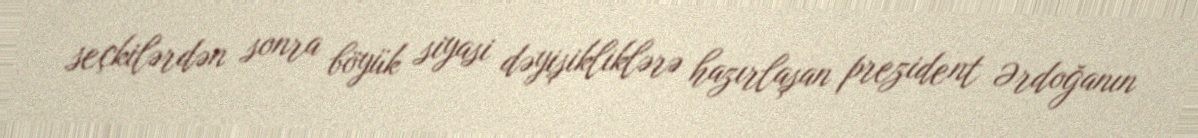
seçkilərdən sonra böyük siyasi dəyişikliklərə hazırlaşan prezident Ərdoğanın